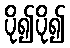
ပို၍ပို၍